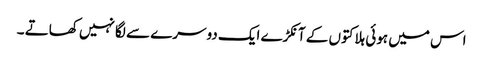
اس میں ہوئی ہلاکتوں کے آنکڑے ایک دوسرے سے لگا نہیں کھاتے ۔